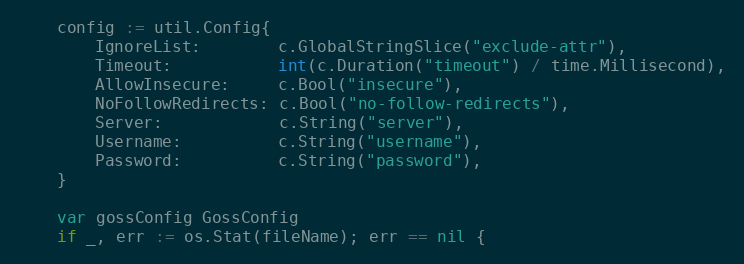
Language: Go
	config := util.Config{
		IgnoreList:        c.GlobalStringSlice("exclude-attr"),
		Timeout:           int(c.Duration("timeout") / time.Millisecond),
		AllowInsecure:     c.Bool("insecure"),
		NoFollowRedirects: c.Bool("no-follow-redirects"),
		Server:            c.String("server"),
		Username:          c.String("username"),
		Password:          c.String("password"),
	}

	var gossConfig GossConfig
	if _, err := os.Stat(fileName); err == nil {